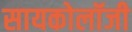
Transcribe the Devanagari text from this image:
सायकोलॉजी